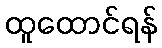
ထူထောင်ရန်